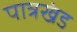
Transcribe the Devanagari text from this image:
पात्रखंड